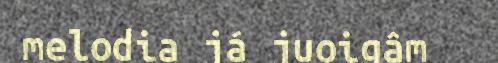
melodia já juoigâm